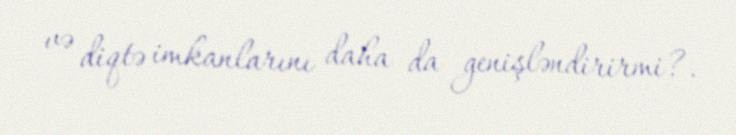
və diqtə imkanlarını daha da genişləndirirmi?.